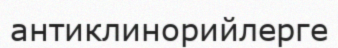
антиклинорийлерге